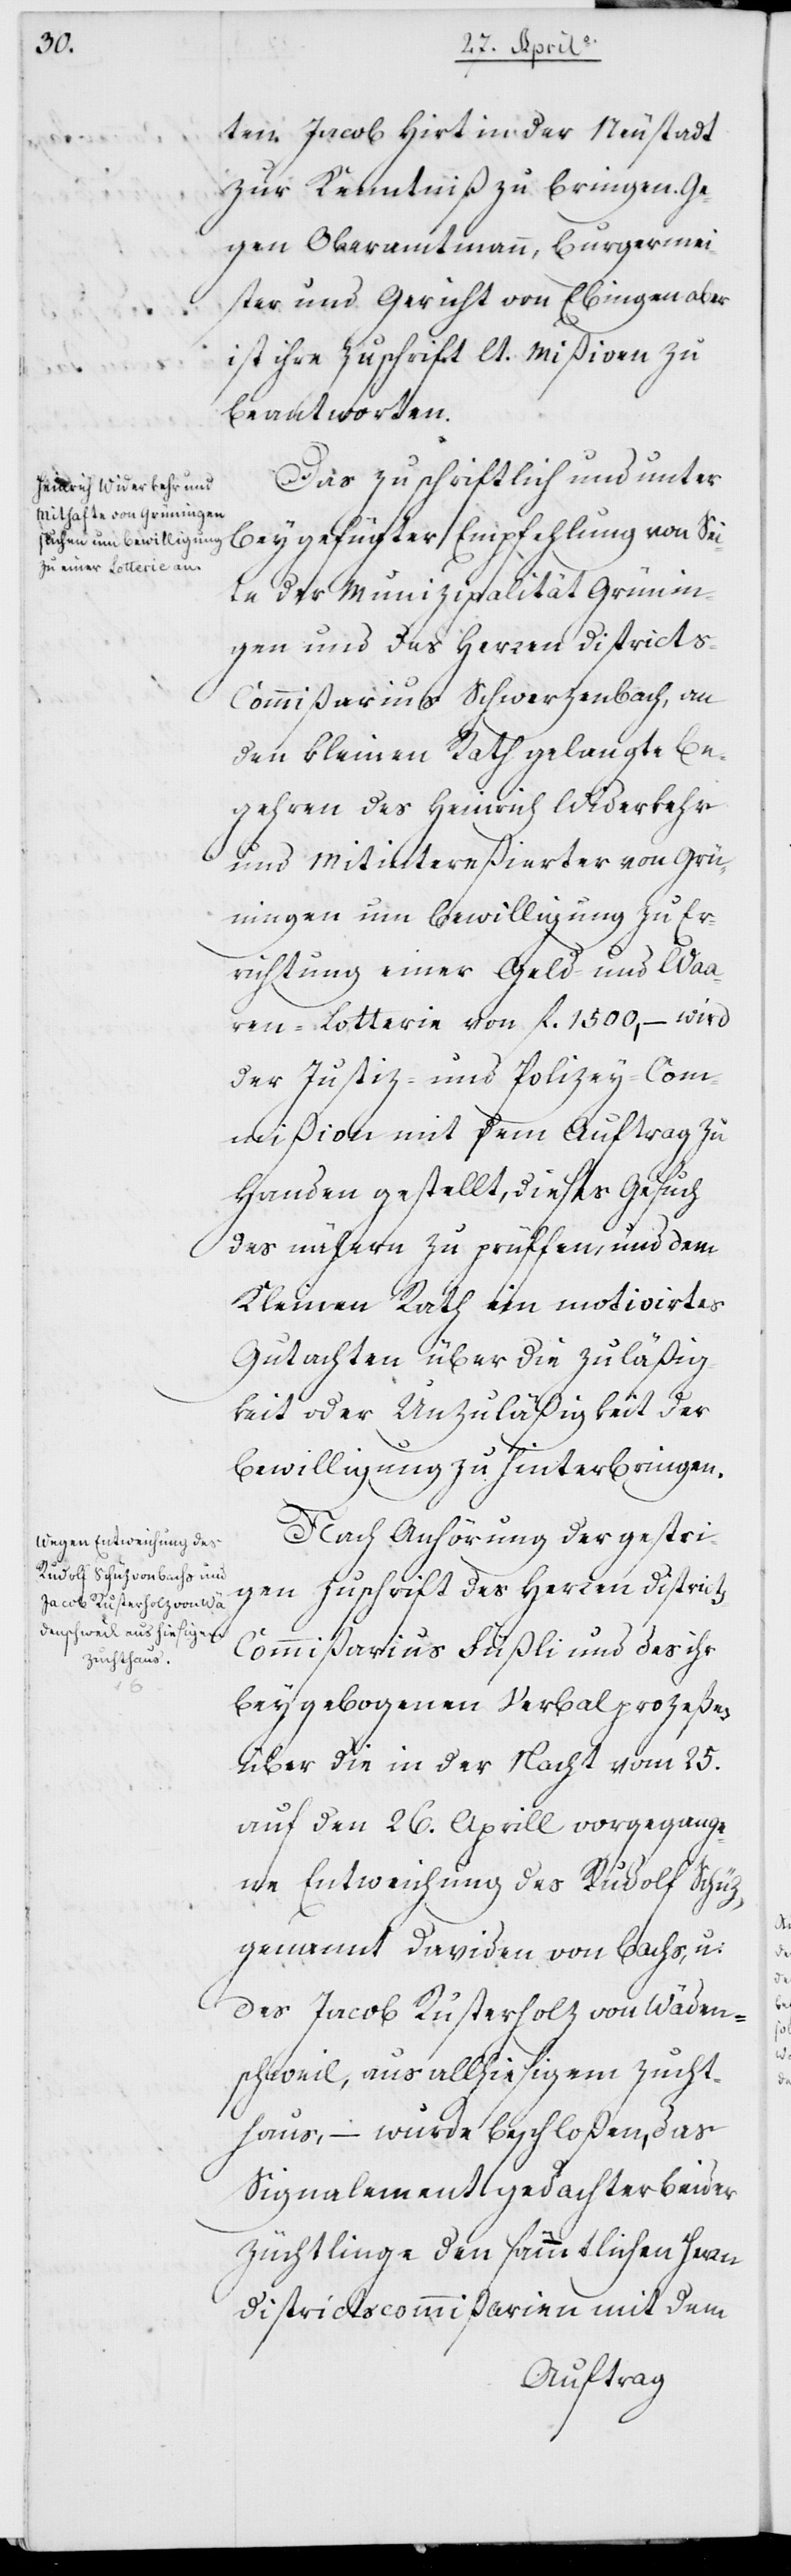
ten Jacob Hirt in der Neustadt
zur Kenntniß zu bringen. Ge¬
gen Oberamtmann, Burgermei¬
ster und Gericht von Ebingen aber
ist ihre Zuschrift laut Mißiven zu
beantworten.
Das zuschriftlich und unter
beigefügter Empfehlung von Sei¬
te der Municipalität Grünin¬
gen und des Herren Districts-C¬
ommißarius Schwerzenbach, an
den Kleinen Rath gelangte Be¬
gehren des Heinrich Widerkehr
und Mitintereßierter von Grü¬
ningen um Bewilligung zu Er¬
richtung einer Geld- und Wa¬
ren-Lotterie von fl. 1500,– wird
der Justiz- und Polizeykom¬
mißion mit dem Auftrag zu
Handen gestellt, dieses Gesuch
des Nähern zu prüfen und dem
Kleinen Rath ein motiviertes
Gutachten über die Zuläßig¬
keit oder Unzuläßigkeit der
Bewilligung zu hinterbringen.
Nach Anhörung der gestri¬
gen Zuschrift des Herrn District¬
s-Commißarius Füßli und des ihr
beygebogenen Verbalprozeßes
über die in der Nacht vom 25.
auf den 26. Aprill vorgegange¬
ne Entweichung des Rudolf Schüz,
genannt Daviden von Bachs, und
des Jacob Rusterholz von Wäden¬
schweil, aus allhiesigem Zucht¬
haus, – wurde beschloßen, das
Signalement gedachter beider
Züchtlinge den sämmtlichen Herren
Districtscommißarien mit dem